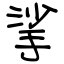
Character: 挲